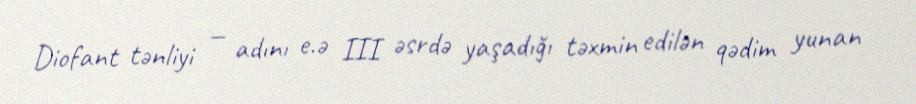
Diofant tənliyi — adını e.ə III əsrdə yaşadığı təxmin edilən qədim yunan